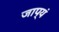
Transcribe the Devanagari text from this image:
जाप्यं